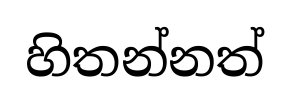
හිතන්නත්